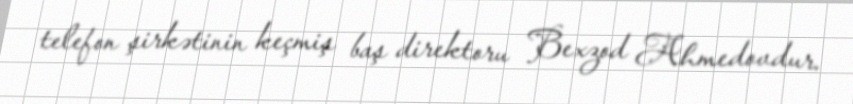
telefon şirkətinin keçmiş baş direktoru Bexzod Ahmedovdur.